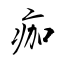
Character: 痂